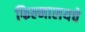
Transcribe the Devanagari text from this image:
फिल्मालयचे